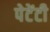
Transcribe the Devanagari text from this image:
पेटेंटी